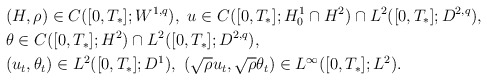
\begin{align*}&(H,\rho) \in C([0,T_*];W^{1,q}),\ u\in C([0,T_*];H^1_0\cap H^2)\cap L^2([0,T_*];D^{2,q}),\\&\theta \in C([0,T_*]; H^2)\cap L^2([0,T_*];D^{2,q}),\\& ( u_t,\theta_t)\in L^2([0,T_*];D^1),\ (\sqrt{\rho}u_t, \sqrt{\rho}\theta_t)\in L^\infty([0,T_*];L^2).\end{align*}